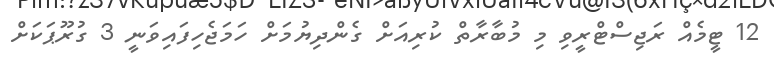
12 ޓީމެއް ރަޖިސްޓްރީވި މި މުބާރާތް ކުރިއަށް ގެންދިޔުމަށް ހަމަޖެހިފައިވަނީ 3 ގުރޫޕަކަށް